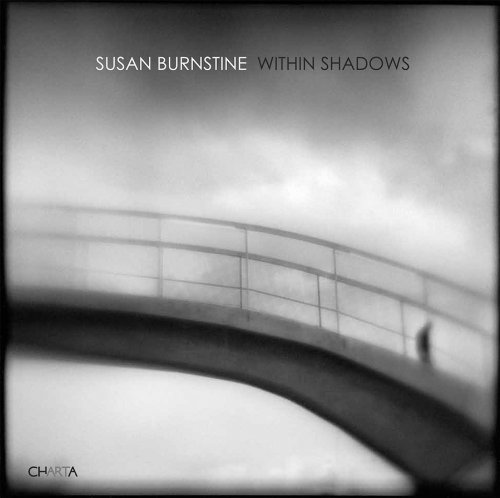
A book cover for Susan Burnstine: Within Shadows; George Slade; Arts & Photography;